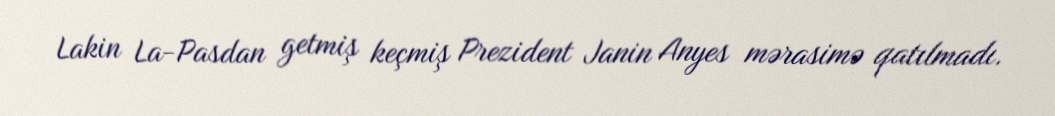
Lakin La-Pasdan getmiş keçmiş Prezident Janin Anyes mərasimə qatılmadı.